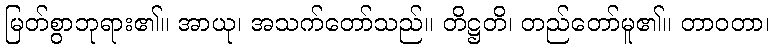
မြတ်စွာဘုရား၏။ အာယု၊ အသက်တော်သည်။ တိဋ္ဌတိ၊ တည်တော်မူ၏။ တာဝတာ၊